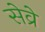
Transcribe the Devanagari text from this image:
सेव्रे